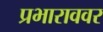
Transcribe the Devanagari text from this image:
प्रभाराववर